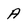
Character: a